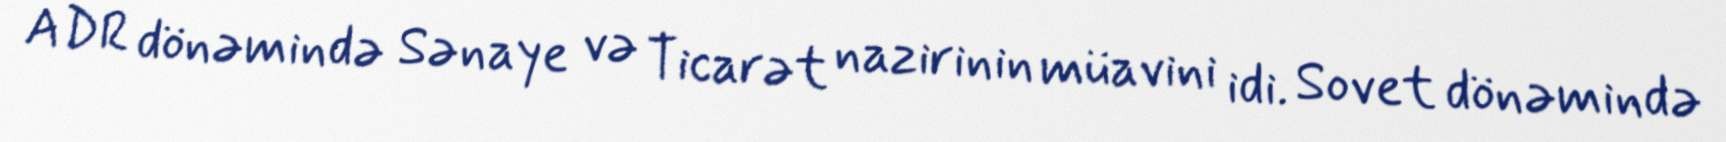
ADR dönəmində Sənaye və Ticarət nazirinin müavini idi. Sovet dönəmində